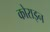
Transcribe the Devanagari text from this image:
कोराइन